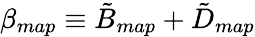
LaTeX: \beta_{map}\equiv\tilde{B}_{map}+\tilde{D}_{map}